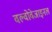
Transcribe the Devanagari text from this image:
वल्वोवेजाइनल